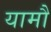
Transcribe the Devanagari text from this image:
यामौ